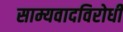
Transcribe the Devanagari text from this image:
साम्यवादविरोधी